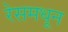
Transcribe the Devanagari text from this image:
रेसमधून